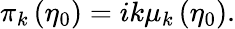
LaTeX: \pi_{k}\left(\eta_{0}\right)=ik\mu_{k}\left(\eta_{0}\right).